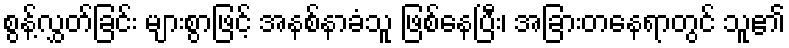
စွန့်လွှတ်ခြင်း များစွာဖြင့် အနစ်နာခံသူ ဖြစ်နေပြီး၊ အခြားတနေရာတွင် သူ၏